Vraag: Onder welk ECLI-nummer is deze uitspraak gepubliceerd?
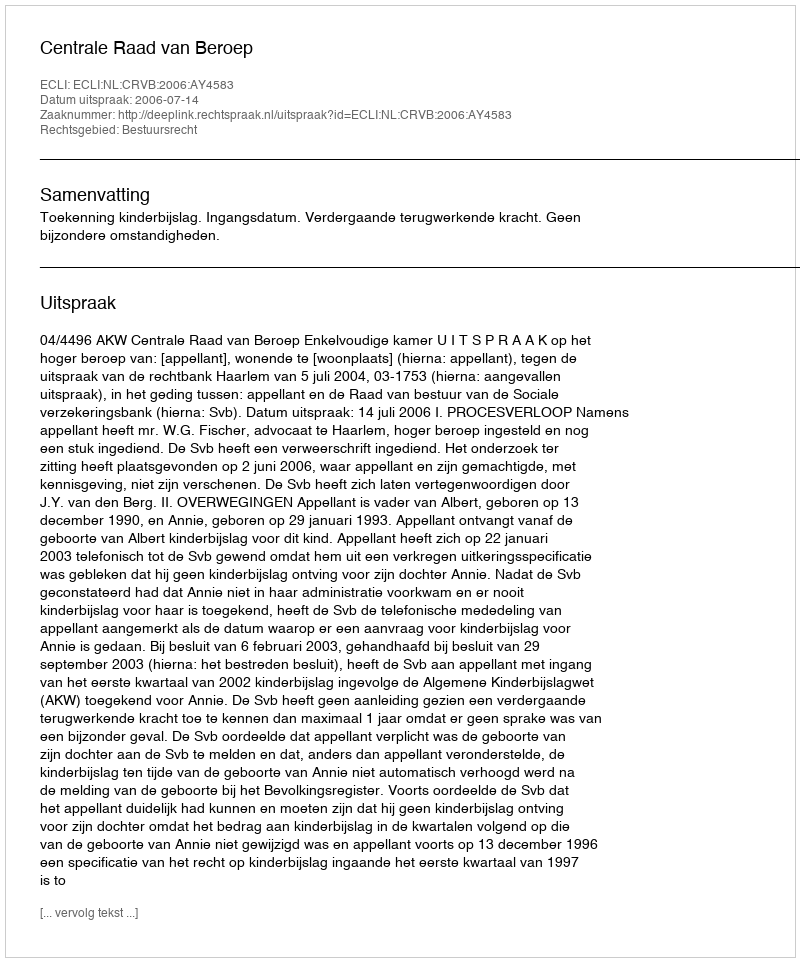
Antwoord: ECLI:NL:CRVB:2006:AY4583